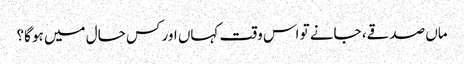
ماں صدقے، جانے تو اس وقت کہاں اور کس حال میں ہو گا؟